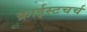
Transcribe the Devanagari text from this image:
क्राईस्टचर्च